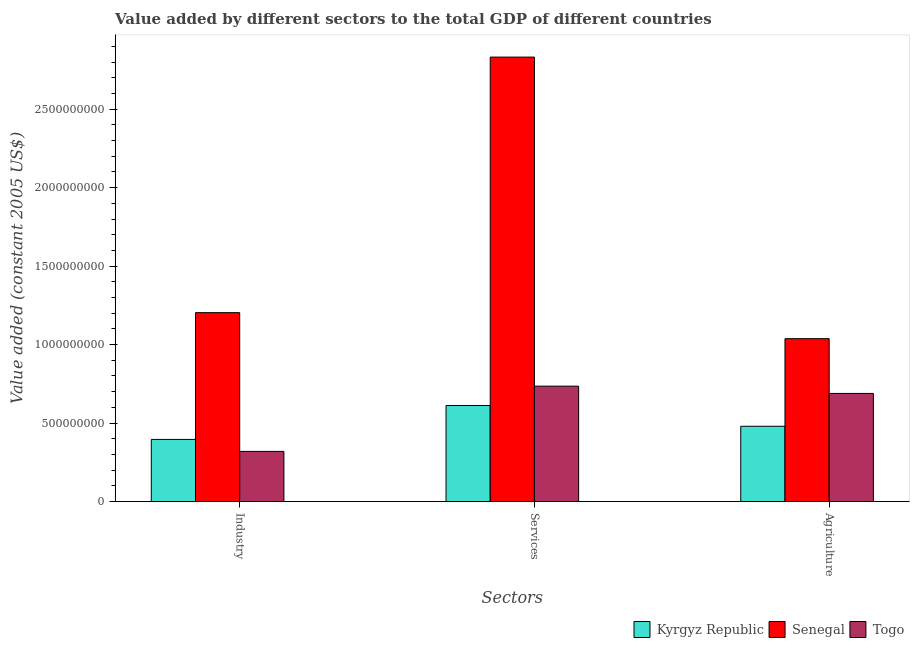
| Sectors | Kyrgyz Republic | Senegal | Togo |
 | --- | --- | --- | --- |
 | Industry | 3.96e+08 | 1.2e+09 | 3.2e+08 |
 | Services | 6.12e+08 | 2.83e+09 | 7.35e+08 |
 | Agriculture | 4.8e+08 | 1.04e+09 | 6.89e+08 |